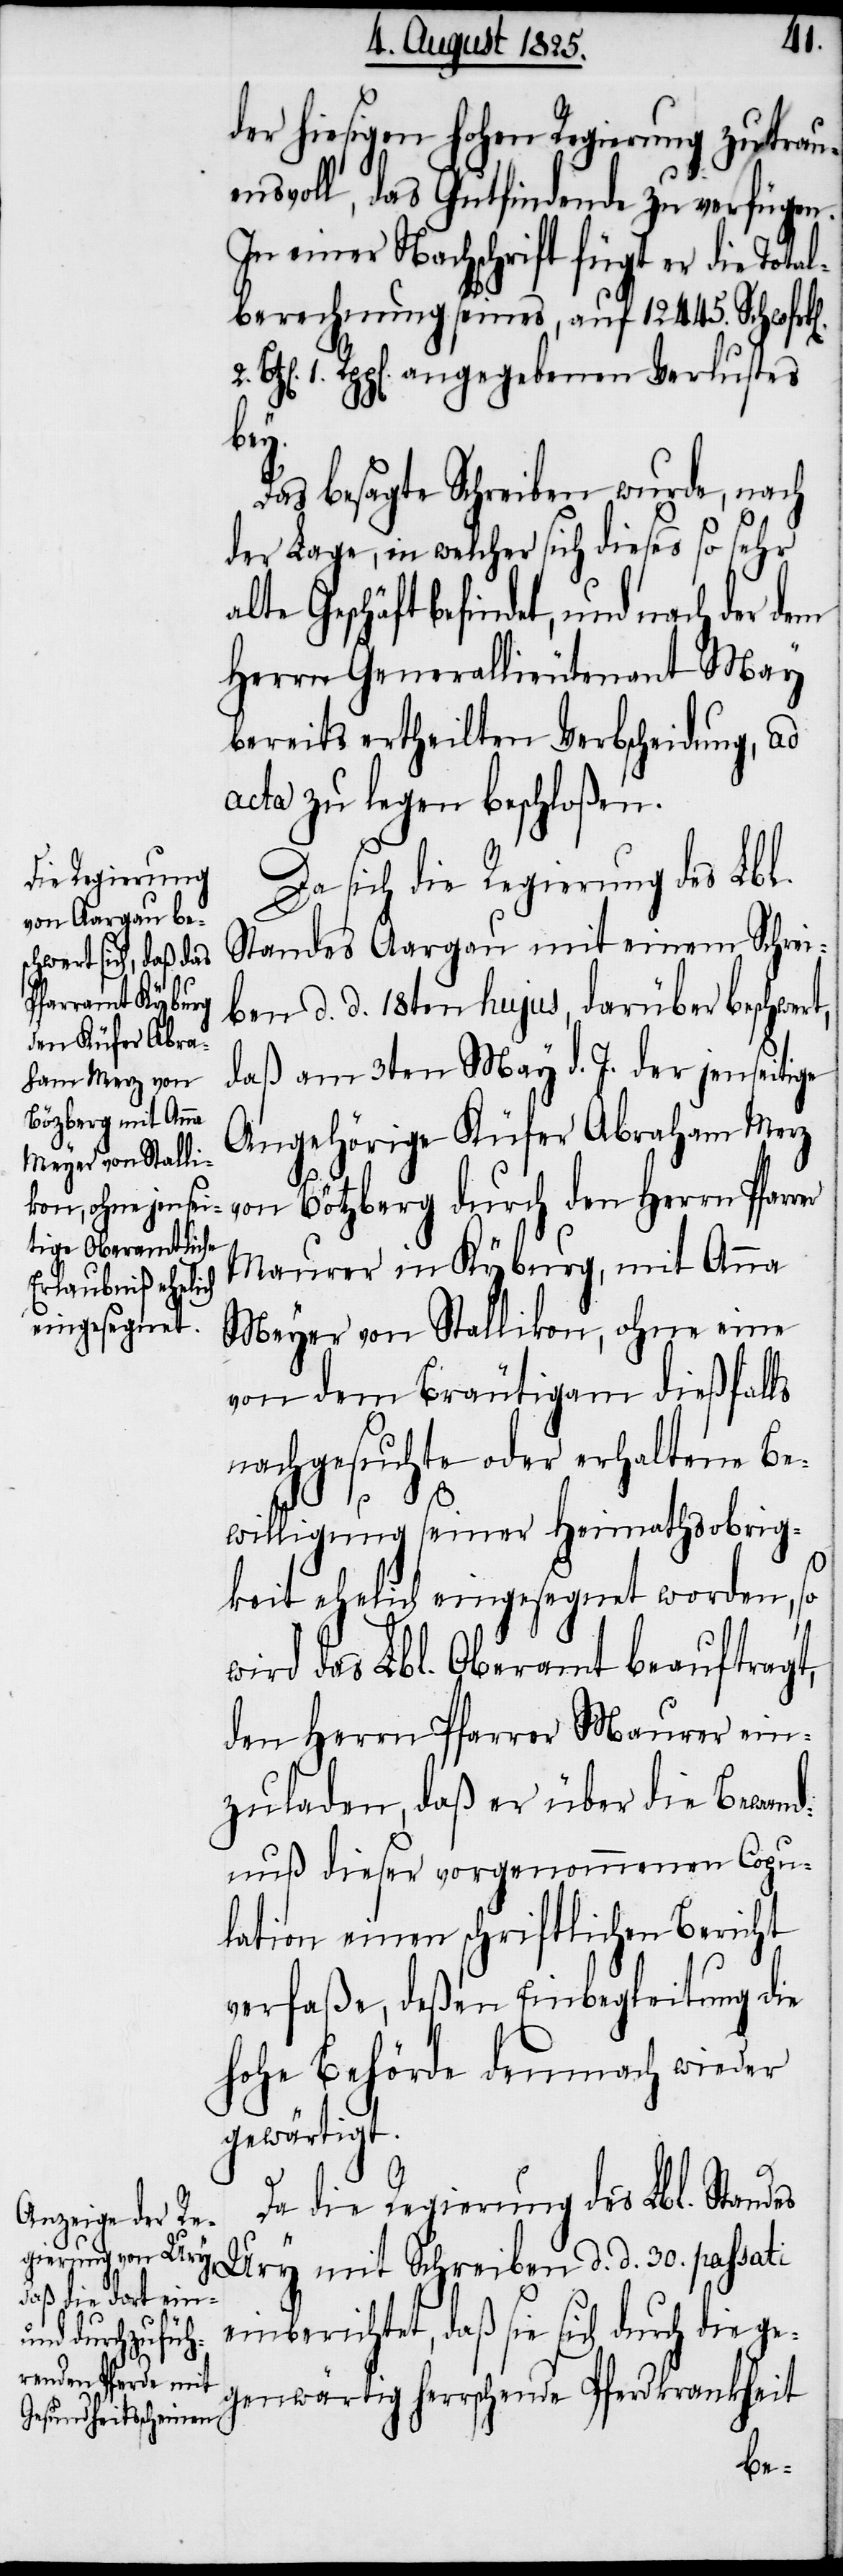
der hiesigen hohen Regierung zutrau¬
ensvoll, das Gutfindende zu verfügen.
In einer Nachricht fügt er die Total¬
berechnung seines, auf 12 445. Schwfrk[e¬
1. Rpp[en]. angegebenen Verlustes
die
Das besagte Schreiben wurde, nach
der Lage, in welcher sich dieses so sehr
Geschäft befindet, und nach der dem
Herrn Generallieutenant May
bereits ertheilten Verbscheidung, ad
acta zu legen beschloßen.
Da sich die Regierung des Lbl.
Standes Aargau mit einem Schrei¬
ben d. d. 18ten hujus, darüber beschwert,
daß am 3ten May d. J. der jenseitige
Angehörige Küfer Abraham Merz
von Bötzberg durch den Herrn Pfarr¬
Maurer in Kyburg, mit Anna
Meyer von Stallikon, ohne eine
von dem Bräutigam dießfalls
nachgesuchte oder erhaltene Be¬
er
willigung seiner Heimathsobrig¬
keit ehelich eingesegnet worden, so
wird das Lbl. Oberamt beauftragt,
den Herrn Pfarrer Maurer ein¬
zuladen, daß er über die Bewand¬
nuß dieser vorgenommenen Copu¬
lation einen schriftlichen Bericht
verfaße, deßen Einbegleitung die
hohe Behörde demnach wieder
gewärtigt.
2.
Da die Regierung des Lbl. Standes
Ury mit Schreiben d. d. 30. passati
einberichtet, daß sie sich durch
genwärtig herrschende Pferdkrankheit
ge¬